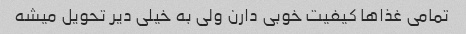
تمامی غذاها کیفیت خوبی دارن ولی به خیلی دیر تحویل میشه